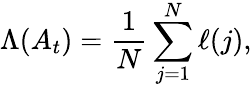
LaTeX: \Lambda(A_{t})=\frac{1}{N}\sum_{j=1}^{N}\ell(j),